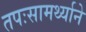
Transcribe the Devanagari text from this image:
तपःसामर्थ्याने